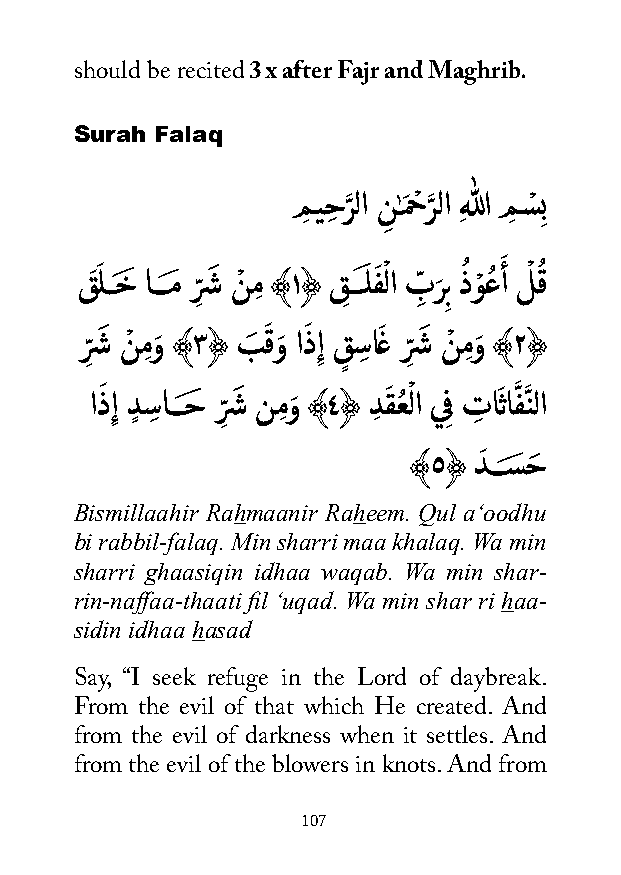
should be recited 3 x after Fajr and Maghrib.
 Surah Falaq
 مِ يحِ رَّ لا ن
 ِ
 ٰـمَ حْ رَّ لا ِهللا مِ سْ ِب
 َ
 قَ َ لــخَ اـــمَ رِّشَ نْ مِ ﴾١﴿ قِ ـــَ لفَ ْ لا بِّ رَ ِب ذُ وْ عُ أ لْ قُ
 رِّشَ نْ مِوَ ﴾٣﴿ بَ قَ وَ اذَ ِإ ق
 ٍ
 سِ اغَ رِّشَ نْ مِوَ ﴾٢﴿
 اذَ ِإ دٍ سِ اـــحَ رِّشَ نمِوَ ﴾٤﴿ دِ قَ عُ ْ لا ي ِف تِ اَ ثافَّ نَّ لا
 ﴾٥﴿ دَ ـــسَ حَ
 Bismillaahir Rahmaanir Raheem. Qul a‘oodhu
 bi rabbil-falaq. Min sharri maa khalaq. Wa min
 sharri ghaasiqin idhaa waqab. Wa min shar-
 rin-naffaa-thaati fil ‘uqad. Wa min shar ri haa-
 sidin idhaa hasad
 Say, “I seek refuge in the Lord of daybreak.
 From the evil of that which He created. And
 from the evil of darkness when it settles. And
 from the evil of the blowers in knots. And from
 107